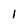
Character: l